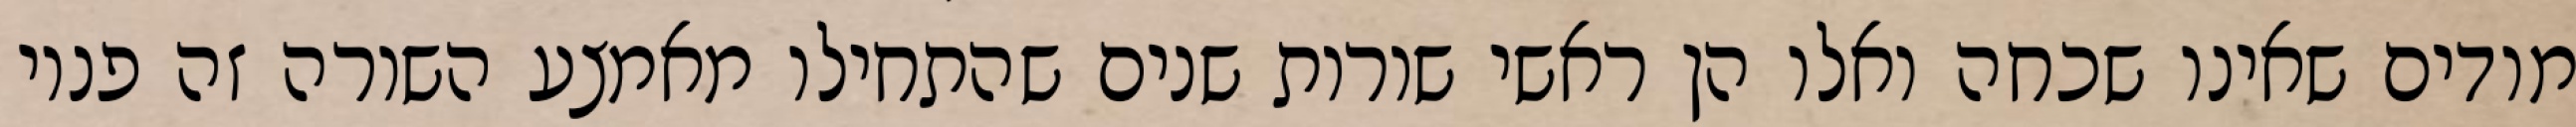
מודים שאינו שכחה ואלו הן ראשי שורות שנים שהתחילו מאמצע השורה זה פניו